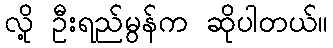
လို့ ဦးရည်မွန်က ဆိုပါတယ်။